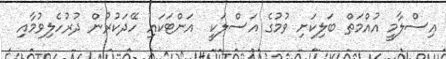
އިސްލާމީ އުއްމަތް ބަލިކަށި ވުމުގެ އަސްލަކީ  އަށްޓަކައި ހޭދަކުުރުން ދުރުހެލިވުމާއި